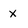
Character: x